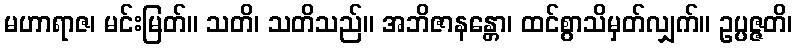
မဟာရာဇ၊ မင်းမြတ်။ သတိ၊ သတိသည်။ အဘိဇာနန္တော၊ ထင်စွာသိမှတ်လျှက်။ ဥပ္ပဇ္ဇတိ၊